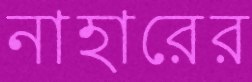
নাহারের